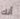
أنك